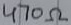
Text: 470Ω